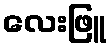
လေးဖြူ